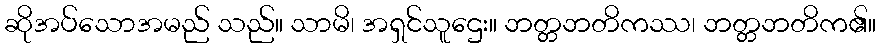
ဆိုအပ်သောအမည် သည်။ သာမိ၊ အရှင်သူဌေး။ ဘတ္တဘတိကဿ၊ ဘတ္တဘတိက၏။